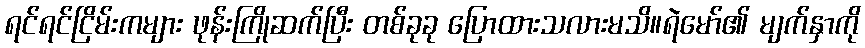
ရင်ရင်ငြိမ်းကများ ဖုန်းကြိုဆက်ပြီး တစ်ခုခု ပြောထားသလားမသိ။ရဲမော်၏ မျက်နှာကို